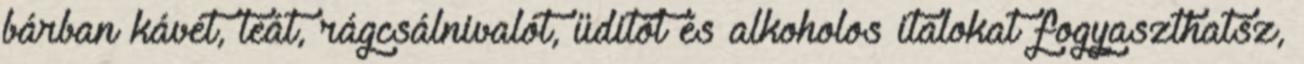
bárban kávét, teát, rágcsálnivalót, üditőt és alkoholos italokat fogyaszthatsz,